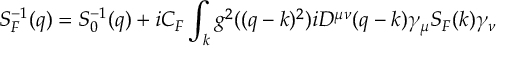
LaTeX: S _ { F } ^ { - 1 } ( q ) = S _ { 0 } ^ { - 1 } ( q ) + i C _ { F } \int _ { k } g ^ { 2 } ( ( q - k ) ^ { 2 } ) i D ^ { \mu \nu } ( q - k ) \gamma _ { \mu } S _ { F } ( k ) \gamma _ { \nu }